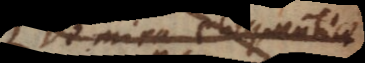
de mira eloquentiae